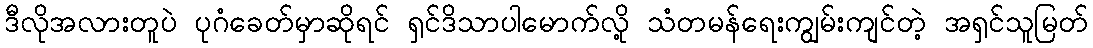
ဒီလိုအလားတူပဲ ပုဂံခေတ်မှာဆိုရင် ရှင်ဒိသာပါမောက်လို့ သံတမန်ရေးကျွမ်းကျင်တဲ့ အရှင်သူမြတ်